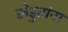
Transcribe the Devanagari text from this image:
खेडुतांना